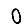
Digit: 0